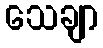
သေချာ